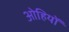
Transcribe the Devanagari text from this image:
ओहियों